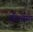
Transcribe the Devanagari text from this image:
बीभत्सता